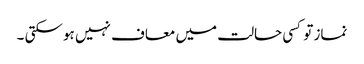
نماز تو کسی حالت میں معاف نہیں ہو سکتی ۔